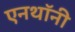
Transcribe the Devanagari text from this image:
एनथॉनी